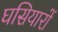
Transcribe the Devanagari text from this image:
घसियारों